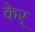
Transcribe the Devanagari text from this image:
केर्